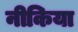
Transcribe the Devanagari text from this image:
नीकिया